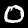
Digit: 0